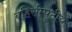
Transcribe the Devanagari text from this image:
बहिर्सम्पुटीय